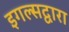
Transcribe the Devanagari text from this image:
इगल्सद्वारा